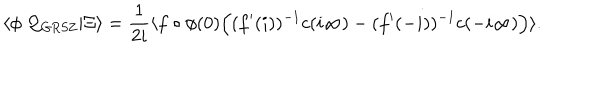
\langle \phi \ { \cal Q _ { \mathrm { G R S Z } } } | \Xi \rangle = { \frac { 1 } { 2 i } } \langle f \circ \phi ( 0 ) \Bigl ( ( f ^ { \prime } ( i ) ) ^ { - 1 } c ( i \infty ) - ( f ^ { \prime } ( - i ) ) ^ { - 1 } c ( - i \infty ) \Bigr ) \rangle .